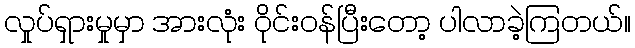
လှုပ်ရှားမှုမှာ အားလုံး ဝိုင်းဝန်ပြီးတော့ ပါလာခဲ့ကြတယ်။